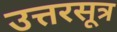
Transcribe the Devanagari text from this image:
उत्तरसूत्र